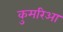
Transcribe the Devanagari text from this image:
कुमरिआ